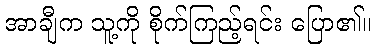
အာချီက သူ့ကို စိုက်ကြည့်ရင်း ပြော၏။